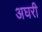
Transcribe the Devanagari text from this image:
अघरी